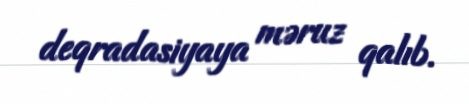
deqradasiyaya məruz qalıb.